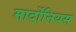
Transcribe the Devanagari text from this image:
मार्दोनियस